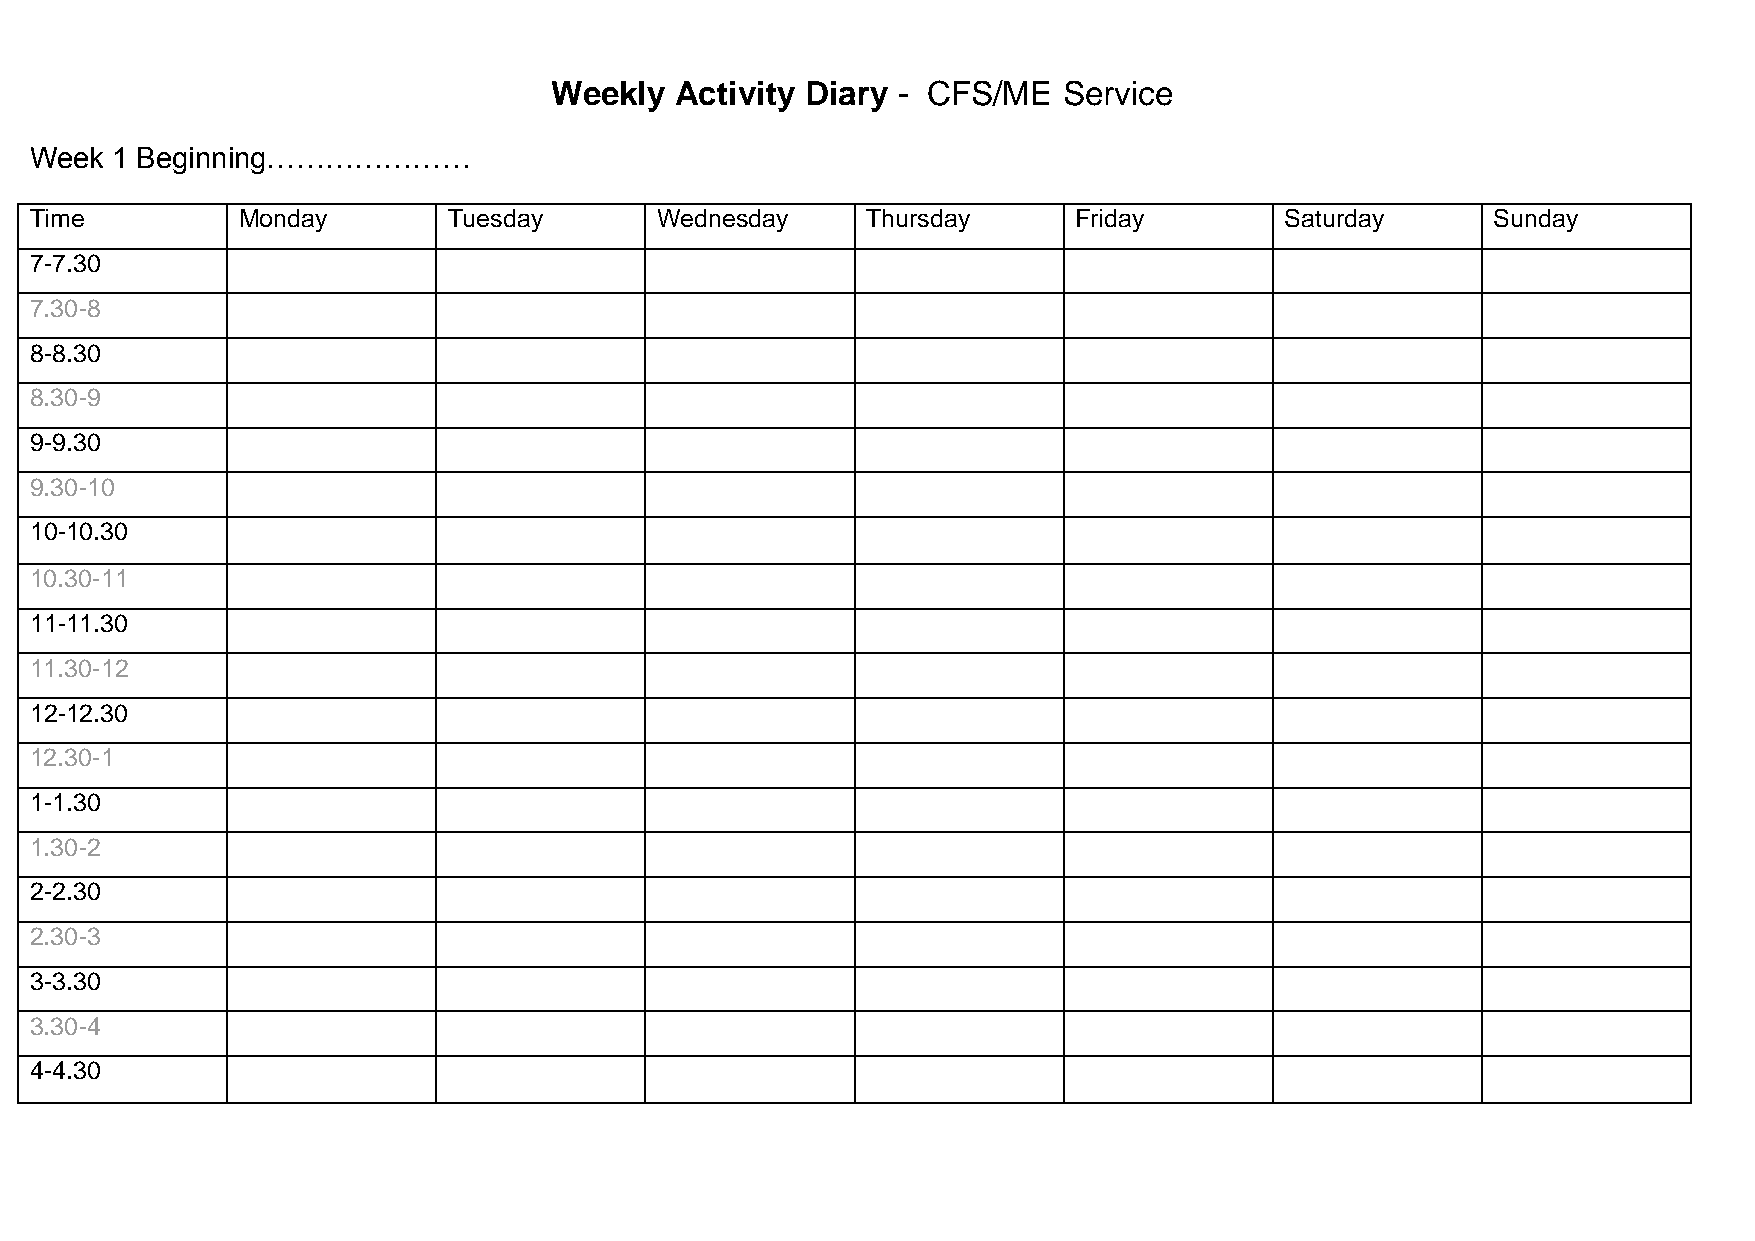
Weekly   Activity Diary - CFS/ME  Service
 Week 1 Beginning…………………
 Time          Monday        Tuesday      Wednesday     Thursday      Friday        Saturday      Sunday
 7-7.30
 7.30-8
 8-8.30
 8.30-9
 9-9.30
 9.30-10
 10-10.30
 10.30-11
 11-11.30
 11.30-12
 12-12.30
 12.30-1
 1-1.30
 1.30-2
 2-2.30
 2.30-3
 3-3.30
 3.30-4
 4-4.30